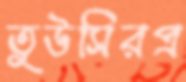
তুউসিরপ্র